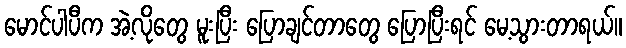
မောင်ပါပီက အဲ့လိုတွေ မူးပြီး ပြောချင်တာတွေ ပြောပြီးရင် မေ့သွားတာရယ်။